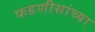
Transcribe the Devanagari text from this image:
फडणीसांच्या